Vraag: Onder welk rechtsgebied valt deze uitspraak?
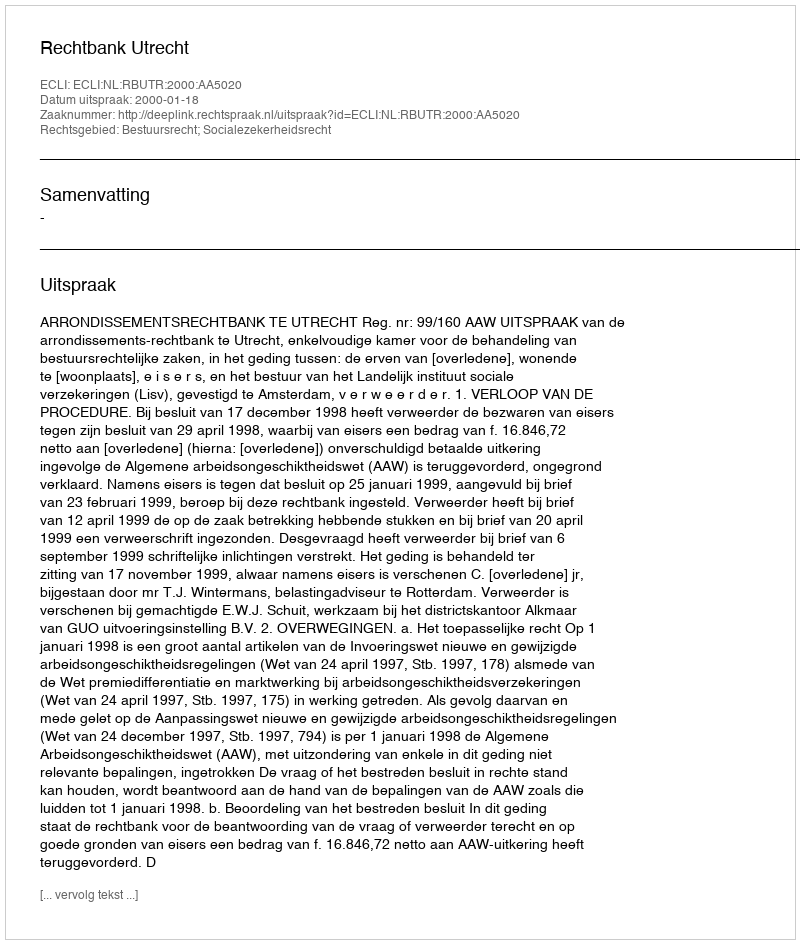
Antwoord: Bestuursrecht; Socialezekerheidsrecht